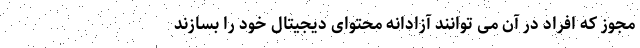
مجوز که افراد در آن می توانند آزادانه محتوای دیجیتال خود را بسازند